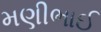
મણીભાઈ